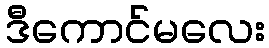
ဒီကောင်မလေး